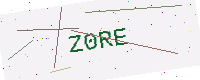
Text: Z0RE